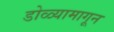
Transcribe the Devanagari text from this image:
डोळ्यामागून